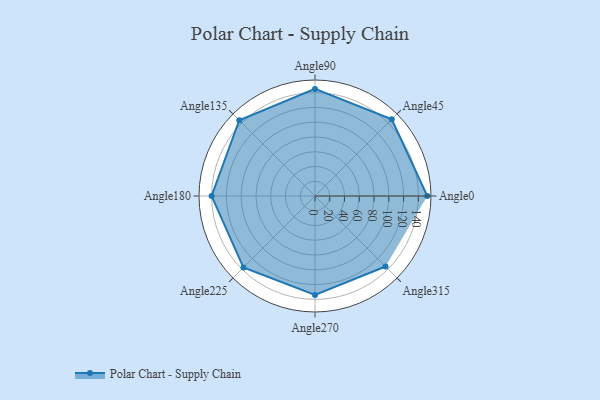
{"axis": {"x": "Angle", "y": "Radius"}, "legend": [""], "data": [{"x": "Angle0", "y": 152.0, "type": ""}, {"x": "Angle45", "y": 147.0, "type": ""}, {"x": "Angle90", "y": 145.0, "type": ""}, {"x": "Angle135", "y": 145.0, "type": ""}, {"x": "Angle180", "y": 140.0, "type": ""}, {"x": "Angle225", "y": 137.0, "type": ""}, {"x": "Angle270", "y": 134.0, "type": ""}, {"x": "Angle315", "y": 135.0, "type": ""}]}